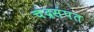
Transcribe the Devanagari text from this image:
चंद्रसंपत